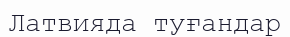
Латвияда туғандар